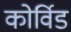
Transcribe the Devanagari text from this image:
कोर्विड